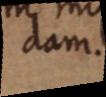
dam.